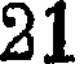
21